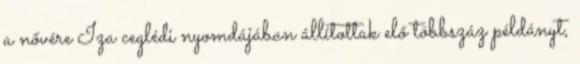
a nővére Iza ceglé­di nyomdájában állítottak elő többszáz példányt,